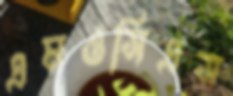
এমওসিএস